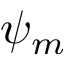
\psi _ { m }